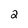
Character: 2